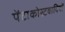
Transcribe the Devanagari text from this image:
पेंटाकोस्टवादियों